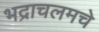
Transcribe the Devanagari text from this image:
भद्राचलमचे